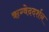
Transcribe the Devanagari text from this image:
ऋग्वेददर्शन